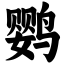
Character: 鹦